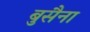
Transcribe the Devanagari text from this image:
बुसैना